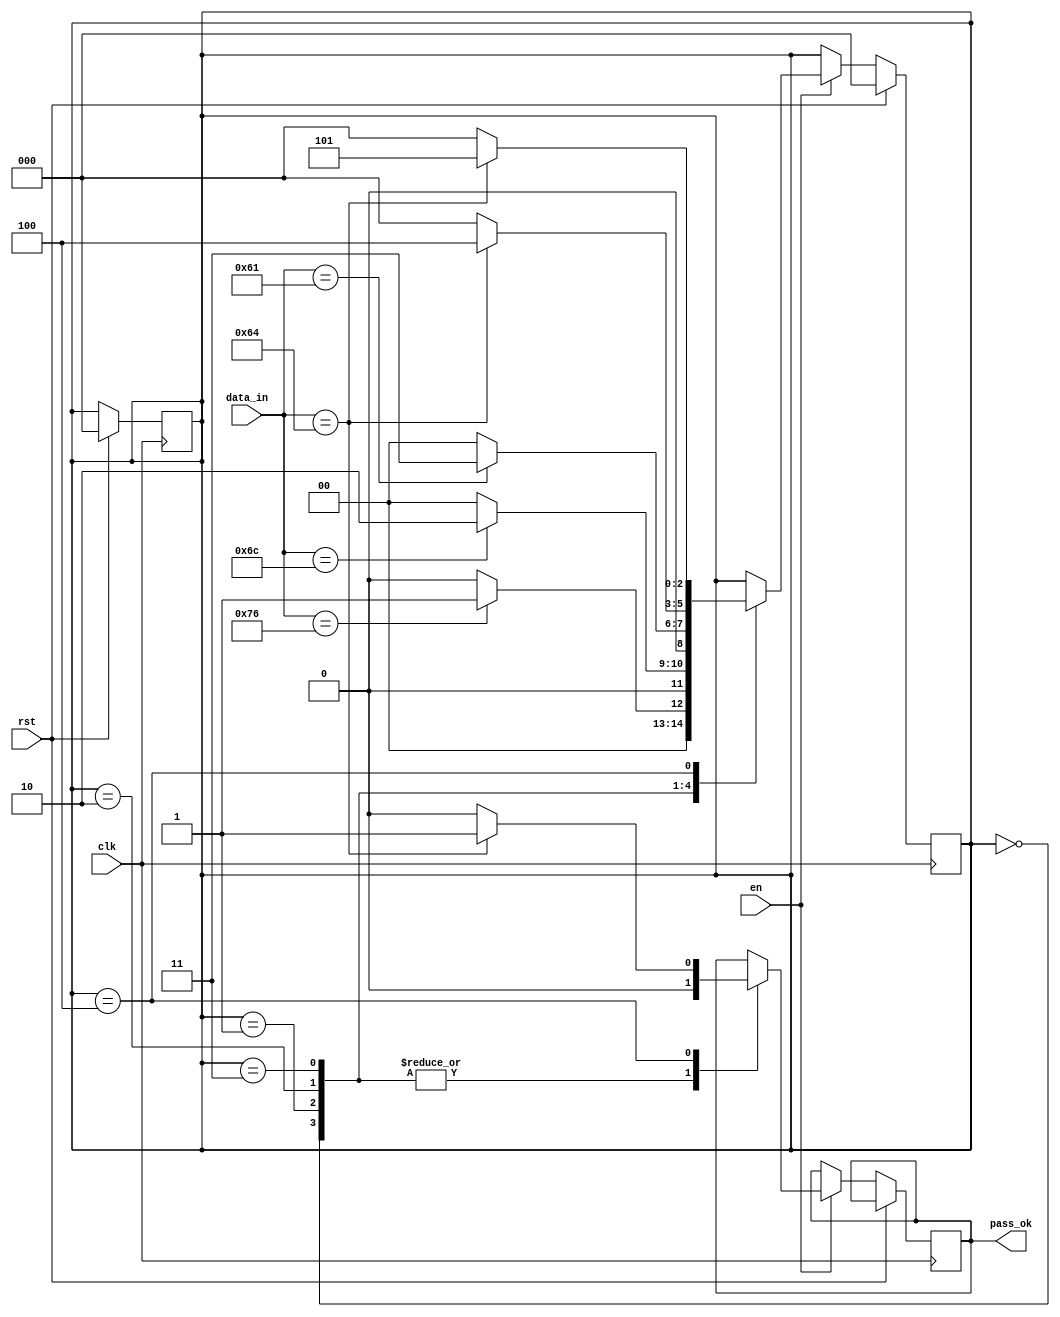
`timescale 1ns / 1ps
//////////////////////////////////////////////////////////////////////////////////
// Company: 
// Engineer: 
// 
// Design Name: 
// Module Name: pass_check_fsm
// Project Name: 
// Target Devices: 
// Tool Versions: 
// Description: 
// 
// Dependencies: 
// 
// Revision:
// Revision 0.01 - File Created
// Additional Comments:
// 
//////////////////////////////////////////////////////////////////////////////////


module pass_check_fsm(

    input rst,
    input clk,
    input en,
    input [7:0] data_in,
    output reg pass_ok

    );
    
    reg [2:0] state;
    
    localparam q0 = 3'b000;
    localparam q1 = 3'b001;
    localparam q2 = 3'b010;
    localparam q3 = 3'b011;
    localparam q4 = 3'b100;
    localparam q5 = 3'b101;
    
    // f de tranzitie a starilor
    always @(posedge clk)
    begin
        
        if(rst) state <= q0;
        else if(en)
        begin
            case(state)
                q0: if(data_in == "v") state <= q1;
                    else state <= q0;
                
                q1: if(data_in == "l") state <= q2;
                    else state <= q0;
                
                q2: if(data_in == "a") state <= q3;
                    else state <= q0;
            
                q3: if(data_in == "d") state <= q4;
                    else state <= q0;
                    
                q4: if(data_in == "d") state <= q5;
                    else state <= q0;
            
                default: state <= state;
            
            endcase
        end
    end
    
    // f de output
    always @(posedge clk)
    begin
            
        if(rst) state <= q0;
        else if(en)
        begin
            case(state)
                q0: if(data_in == "v") pass_ok <= 0;
                    else pass_ok <= 0;
                
                q1: if(data_in == "l") pass_ok <= 0;
                    else pass_ok <= 0;
                
                q2: if(data_in == "a") pass_ok <= 0;
                    else pass_ok <= 0;
            
                q3: if(data_in == "d") pass_ok <= 0;
                    else pass_ok <= 0;
                    
                q4: if(data_in == "d") pass_ok <= 1;
                    else pass_ok <= 0;
            
                default: pass_ok <= pass_ok;
            
            endcase
        end
    end
endmodule